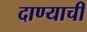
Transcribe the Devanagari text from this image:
दाण्याची